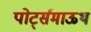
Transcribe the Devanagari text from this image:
पोर्ट्समाऊथ